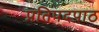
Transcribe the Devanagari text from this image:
प्रतिपदपाठ